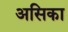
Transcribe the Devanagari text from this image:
असिका